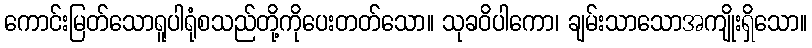
ကောင်းမြတ်သောရူပါရုံစသည်တို့ကိုပေးတတ်သော။ သုခဝိပါကော၊ ချမ်းသာသောအကျိုးရှိသော။